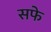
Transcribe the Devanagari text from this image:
सफे